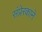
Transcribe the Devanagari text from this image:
संप्रेरकाने